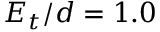
E _ { t } / d = 1 . 0